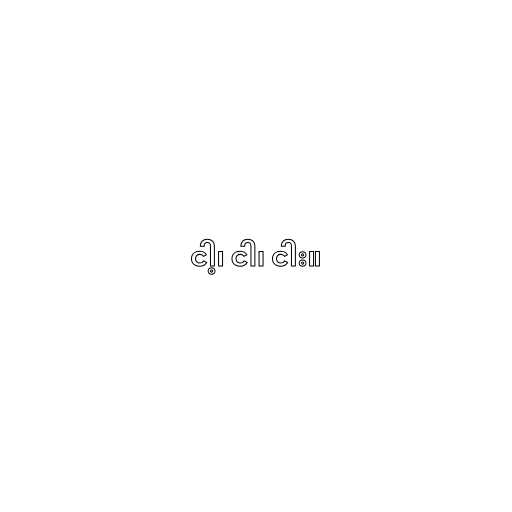
ငါ့၊ ငါ၊ ငါး။